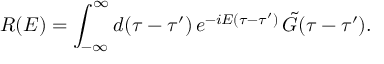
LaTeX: { \cal R } ( { \cal E } ) = \int _ { - \infty } ^ { \infty } d ( \tau - \tau ^ { \prime } ) \, e ^ { - i { \cal E } ( \tau - \tau ^ { \prime } ) } \, { \tilde { G } } ( \tau - \tau ^ { \prime } ) .